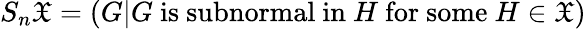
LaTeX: S_{n}{\mathfrak{X}}=(G|G{\mathrm{~is~subnormal~in~}}H{\mathrm{~for~some~}}H\in{\mathfrak{X}})